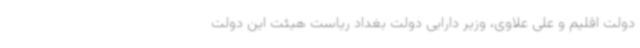
دولت اقلیم و علی علاوی، وزیر دارایی دولت بغداد ریاست هیئت این دولت